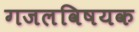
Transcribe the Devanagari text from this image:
गजलविषयक